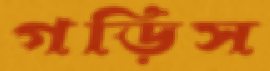
গড়িস